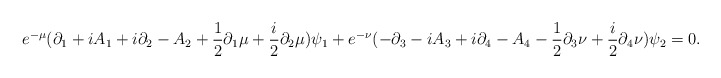
\begin{align*}e^{-\mu}(\partial_{1}+iA_{1}+i\partial_{2}-A_{2}+{1 \over 2}\partial_{1}\mu +{i \over 2}\partial_{2}\mu)\psi_{1}+e^{-\nu}(-\partial_{3}-iA_{3}+i\partial_{4}-A_{4}-{1 \over 2} \partial_{3}\nu + {i \over 2}\partial_{4}\nu)\psi_{2}=0.\end{align*}